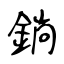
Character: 鋿